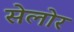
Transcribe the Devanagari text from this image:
सेलोर